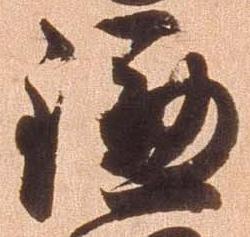
鎌